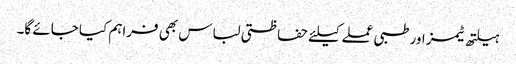
ہیلتھ ٹیمز اور طبی عملے کیلئے حفاظتی لباس بھی فراہم کیا جائے گا۔